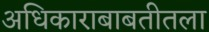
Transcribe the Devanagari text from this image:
अधिकाराबाबतीतला